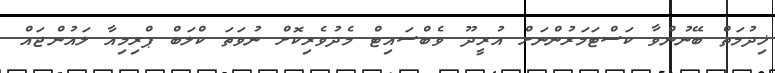
ޚިދުމަތް ބޭނުންވާ ކަސްޓަމަރުންނަށް އުރީދޫ ވެބްސައިޓް މެދުވެރިކޮށް ނުވަތަ ކްލަބް ޕްރިމިއާ ލައުންޖައް